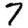
Digit: 7